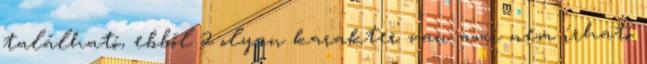
található, ebből 2 olyan karakter van ami nem írható